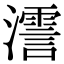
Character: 𤁳